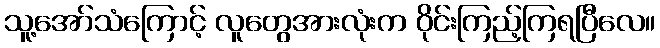
သူ့အော်သံကြောင့် လူတွေအားလုံးက ဝိုင်းကြည့်ကြရပြီလေ။